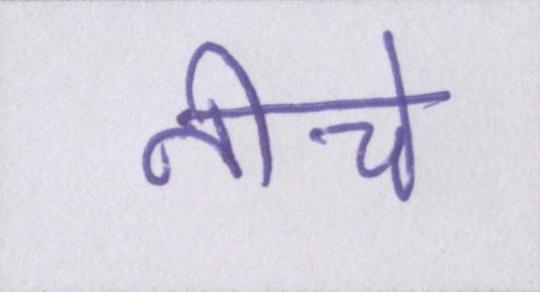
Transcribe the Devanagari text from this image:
नीचे